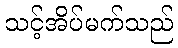
သင့်အိပ်မက်သည်